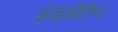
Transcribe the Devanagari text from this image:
इंड्थ्रैाीन